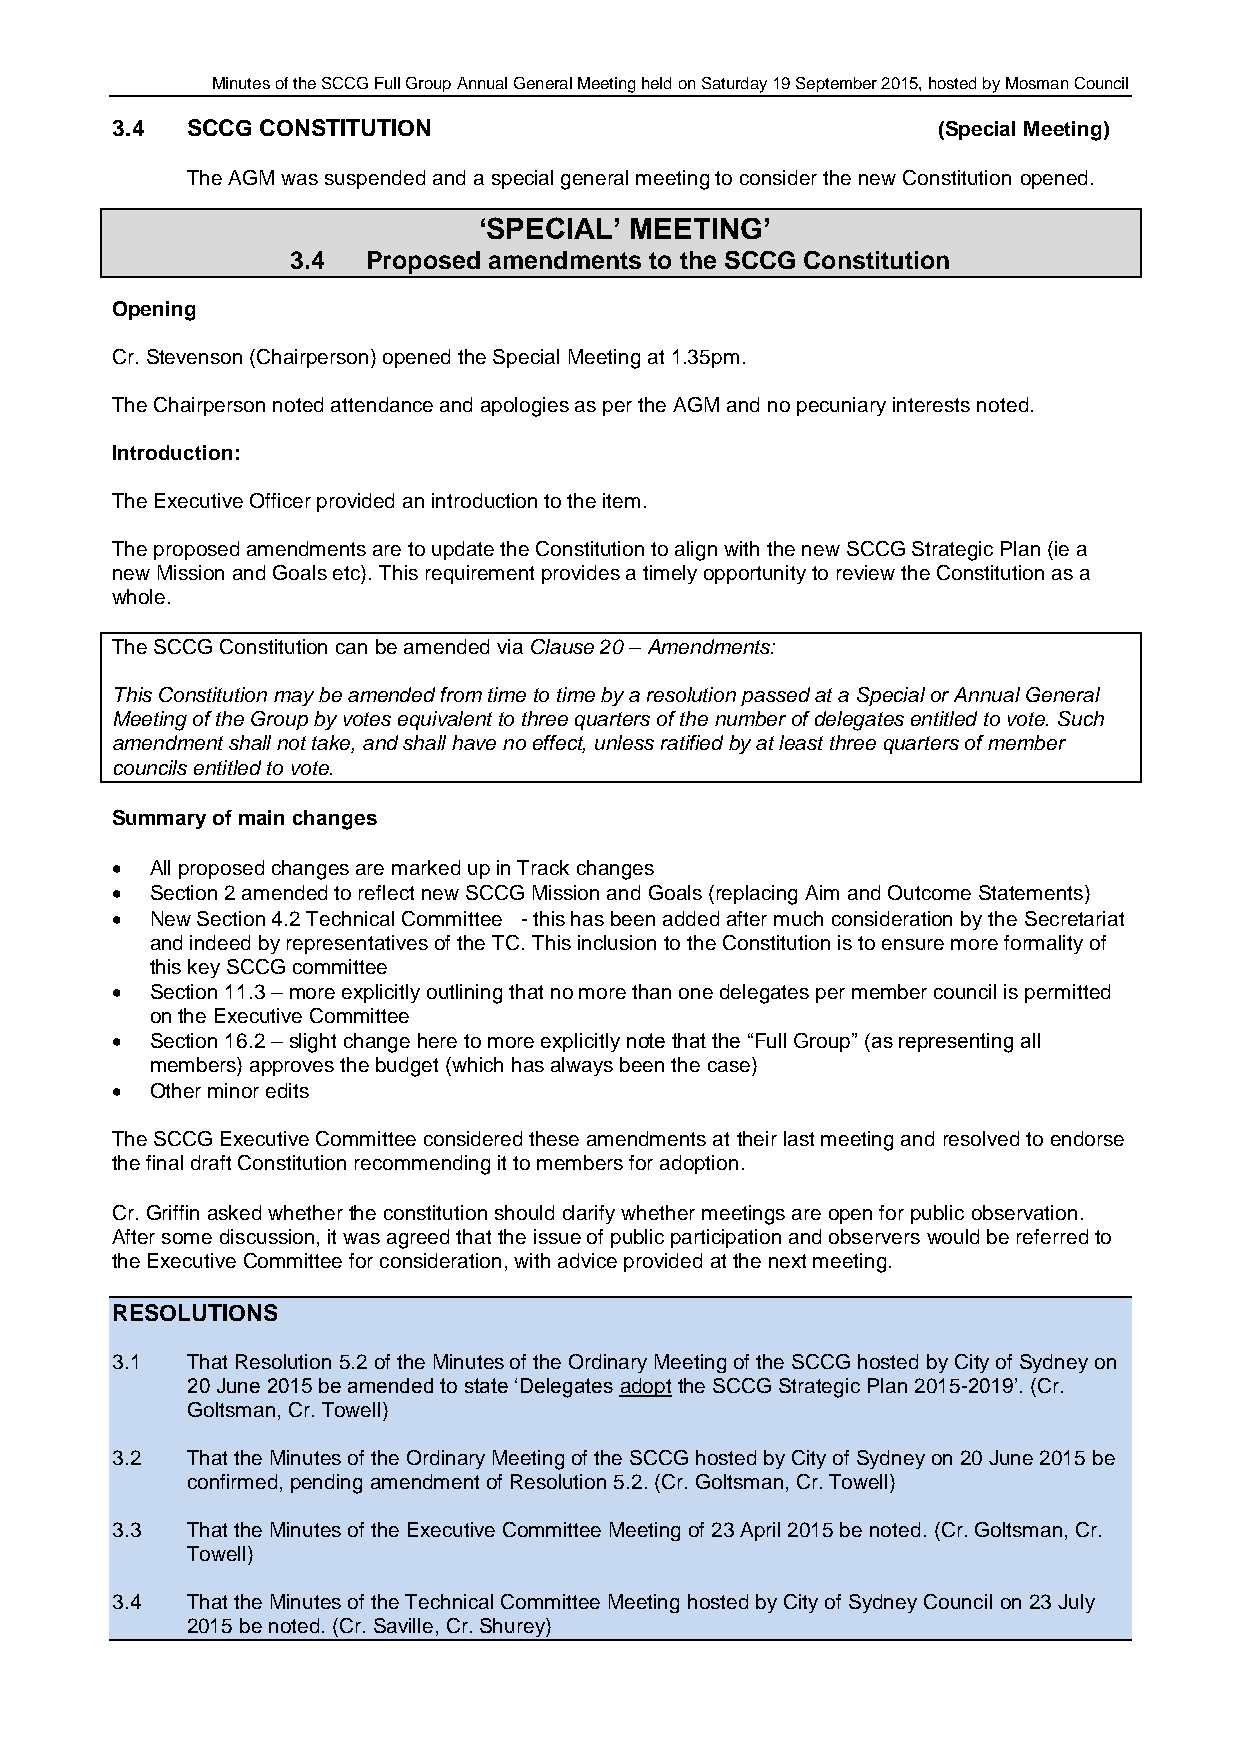
Minutes of the SCCG Full Group Annual General Meeting held on Saturday 19 September 2015, hosted by Mosman Council
 3.4  SCCG CONSTITUTION                                 (Special Meeting)
 The AGM was suspended and a special general meeting to consider the new Constitution opened.
 ‘SPECIAL’ MEETING’
 3.4  Proposed amendments to the SCCG Constitution
 Opening
 Cr. Stevenson (Chairperson) opened the Special Meeting at 1.35pm.
 The Chairperson noted attendance and apologies as per the AGM and no pecuniary interests noted.
 Introduction:
 The Executive Officer provided an introduction to the item.
 The proposed amendments are to update the Constitution to align with the new SCCG Strategic Plan (ie a
 new Mission and Goals etc). This requirement provides a timely opportunity to review the Constitution as a
 whole.
 The SCCG Constitution can be amended via Clause 20 – Amendments:
 This Constitution may be amended from time to time by a resolution passed at a Special or Annual General
 Meeting of the Group by votes equivalent to three quarters of the number of delegates entitled to vote. Such
 amendment shall not take, and shall have no effect, unless ratified by at least three quarters of member
 councils entitled to vote.
 Summary of main changes
   All proposed changes are marked up in Track changes
   Section 2 amended to reflect new SCCG Mission and Goals (replacing Aim and Outcome Statements)
   New Section 4.2 Technical Committee - this has been added after much consideration by the Secretariat
 and indeed by representatives of the TC. This inclusion to the Constitution is to ensure more formality of
 this key SCCG committee
   Section 11.3 – more explicitly outlining that no more than one delegates per member council is permitted
 on the Executive Committee
   Section 16.2 – slight change here to more explicitly note that the “Full Group” (as representing all
 members) approves the budget (which has always been the case)
   Other minor edits
 The SCCG Executive Committee considered these amendments at their last meeting and resolved to endorse
 the final draft Constitution recommending it to members for adoption.
 Cr. Griffin asked whether the constitution should clarify whether meetings are open for public observation.
 After some discussion, it was agreed that the issue of public participation and observers would be referred to
 the Executive Committee for consideration, with advice provided at the next meeting.
 RESOLUTIONS
 3.1  That Resolution 5.2 of the Minutes of the Ordinary Meeting of the SCCG hosted by City of Sydney on
 20 June 2015 be amended to state ‘Delegates adopt the SCCG Strategic Plan 2015-2019’. (Cr.
 Goltsman, Cr. Towell)
 3.2  That the Minutes of the Ordinary Meeting of the SCCG hosted by City of Sydney on 20 June 2015 be
 confirmed, pending amendment of Resolution 5.2. (Cr. Goltsman, Cr. Towell)
 3.3  That the Minutes of the Executive Committee Meeting of 23 April 2015 be noted. (Cr. Goltsman, Cr.
 Towell)
 3.4  That the Minutes of the Technical Committee Meeting hosted by City of Sydney Council on 23 July
 2015 be noted. (Cr. Saville, Cr. Shurey)